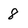
Character: 8